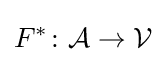
F^{\ast }\colon {\mathcal {A}}\to {\mathcal {V}}